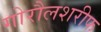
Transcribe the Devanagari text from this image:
गोरौलशरीफ